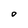
Character: O